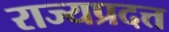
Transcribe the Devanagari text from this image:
राज्यप्रदत्त